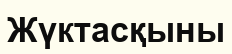
Жүктасқыны